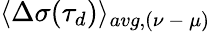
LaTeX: \langle\Delta\sigma(\tau_{d})\rangle_{avg,(\nu\mathrm{~-~}\mu)}